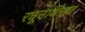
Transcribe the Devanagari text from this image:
रघूनाथराव